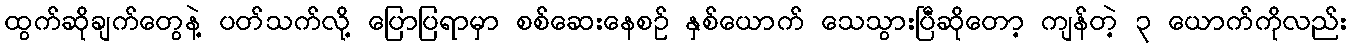
ထွက်ဆိုချက်တွေနဲ့ ပတ်သက်လို့ ပြောပြရာမှာ စစ်ဆေးနေစဉ် နှစ်ယောက် သေသွားပြီဆိုတော့ ကျန်တဲ့ ၃ ယောက်ကိုလည်း